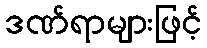
ဒဏ်ရာများဖြင့်